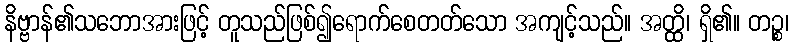
နိဗ္ဗာန်၏သဘောအားဖြင့် တူသည်ဖြစ်၍ရောက်စေတတ်သော အကျင့်သည်။ အတ္ထိ၊ ရှိ၏။ တဉ္စ၊